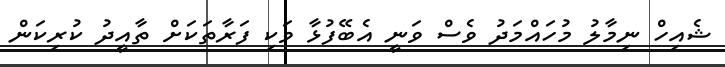
ޝެއިހް ނިމާލު މުހައްމަދު ވެސް ވަނީ އެބޭފުޅާ ވަކި ފަރާތަކަށް ތާއީދު ކުރިކަން